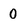
Character: 0